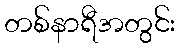
တစ်နာရီအတွင်း